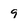
Character: 9